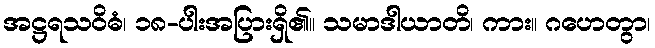
အဋ္ဌရသဝိဓံ၊ ၁၈-ပါးအပြားရှိ၏။ သမာဒါယာတိ၊ ကား။ ဂဟေတွာ၊